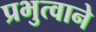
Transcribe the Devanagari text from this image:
प्रभुत्वाने